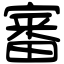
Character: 審